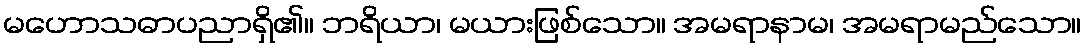
မဟောသဓာပညာရှိ၏။ ဘရိယာ၊ မယားဖြစ်သော။ အမရာနာမ၊ အမရာမည်သော။